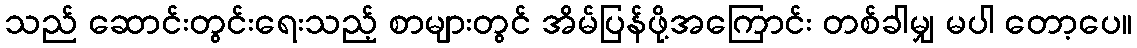
သည် ဆောင်းတွင်းရေးသည့် စာများတွင် အိမ်ပြန်ဖို့အကြောင်း တစ်ခါမျှ မပါ တော့ပေ။